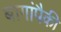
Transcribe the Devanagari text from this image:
बागांपैकी